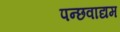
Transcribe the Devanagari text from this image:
पन्छवाद्यम